Lunatic asylums United Prov. 1922-30 - 1922-1930
Year: 1922
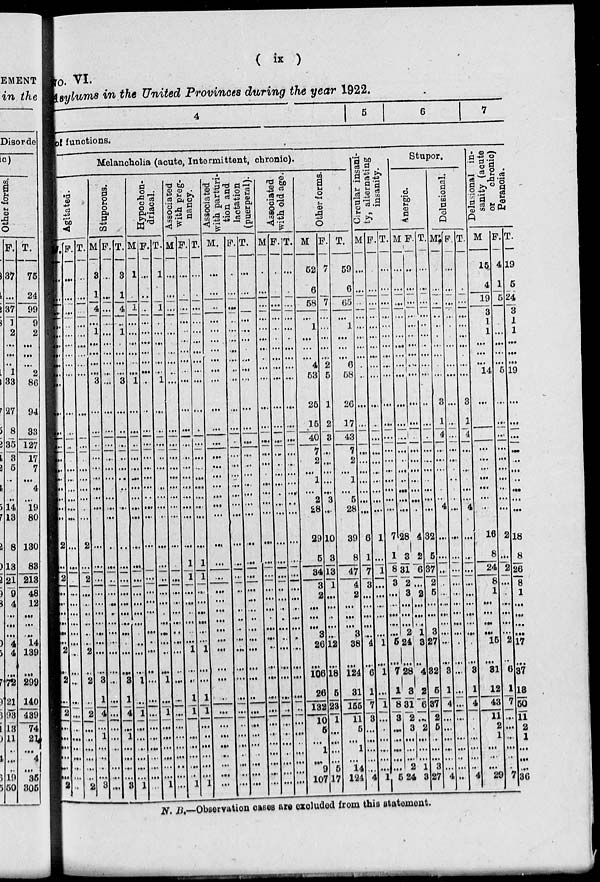
(
ix
)
No. VI.
asylums in the United Provinces during the year 1922.
4 5
6
7
of functions.
Melancholia (acute, Intermittent, chronic).
Agitated.
M.
...
...
...
...
...
...
...
...
...
...
...
...
...
...
...
...
...
...
...
...
2
...
2
...
...
...
...
...
...
2
...
2
...
2
...
...
...
...
...
...
2
F.
...
...
...
...
...
...
...
...
...
...
...
...
...
...
...
...
...
...
...
...
...
...
...
...
...
...
...
...
...
...
...
...
...
...
...
...
...
...
...
...
...
T.
...
...
...
...
...
...
...
...
...
...
...
...
...
...
...
...
...
...
...
...
2
...
2
...
...
...
...
...
...
2
...
2
...
2
...
...
...
...
...
...
2
Stuporous.
M.
3
1
4
...
1
...
...
...
...
3
...
...
...
...
...
...
...
...
...
...
...
...
...
...
...
...
...
...
...
...
...
3
1
4
...
1
...
...
...
...
3
F.
...
...
...
...
...
...
...
...
...
...
...
...
...
...
...
...
...
...
...
...
...
...
...
...
...
...
...
...
...
...
...
...
...
...
...
...
...
...
...
...
...
T.
3
1
4
...
1
...
...
...
...
3
...
...
...
...
...
...
...
...
...
...
...
...
...
...
...
...
...
...
...
...
...
3
1
4
...
1
...
...
...
...
3
Hypochon-
driacal.
M.
1
...
1
...
...
...
...
...
...
1
...
...
...
...
...
...
...
...
...
...
...
...
...
...
...
...
...
...
...
...
...
1
...
1
...
...
...
...
...
...
1
F.
...
...
...
...
...
...
...
...
...
...
...
...
...
...
...
...
...
...
...
...
...
...
...
...
...
...
...
...
...
...
...
...
...
...
...
...
...
...
...
...
...
T.
1
...
1
...
...
...
...
...
...
1
...
...
...
...
...
...
...
...
...
...
...
...
...
...
...
...
...
...
...
...
...
1
...
1
...
...
...
...
...
...
1
Associated
with preg-
nancy.
M.
...
...
...
...
...
...
...
...
...
...
...
...
...
...
...
...
...
...
...
...
...
...
...
...
...
...
...
...
...
...
...
...
...
...
...
...
...
...
...
...
...
F.
...
...
...
...
...
...
...
...
...
...
...
...
...
...
...
...
...
...
...
...
...
1
1
...
...
...
...
...
...
1
...
...
1
1
...
...
...
...
...
...
1
T.
...
...
...
...
...
...
...
...
...
...
...
...
...
...
...
...
...
...
...
...
...
1
1
...
...
...
...
...
...
1
...
...
1
1
...
...
...
...
...
...
1
Associated
with parturi-
tion and
lactation
(puerperal).
M.
...
...
...
...
...
...
...
...
...
...
...
...
...
...
...
...
...
...
...
...
...
...
...
...
...
...
...
...
...
...
...
...
...
...
...
...
...
...
...
...
...
F.
...
...
...
...
...
...
...
...
...
...
...
...
...
...
...
...
...
...
...
...
...
...
...
...
...
...
...
...
...
...
...
...
...
...
...
...
...
...
...
...
...
T.
...
...
...
...
...
...
...
...
...
...
...
...
...
...
...
...
...
...
...
...
...
...
...
...
...
...
...
...
...
...
...
...
...
...
...
...
...
...
...
...
...
Associated
with old age.
M.
...
...
...
...
...
...
...
...
...
...
...
...
...
...
...
...
...
...
...
...
...
...
...
...
...
...
...
...
...
...
...
...
...
...
...
...
...
...
...
...
...
F.
...
...
...
...
...
...
...
...
...
...
...
...
...
...
...
...
...
...
...
...
...
...
...
...
...
...
...
...
...
...
...
...
...
...
...
...
...
...
...
...
...
T.
...
...
...
...
...
...
...
...
...
...
...
...
...
...
...
...
...
...
...
...
...
...
...
...
...
...
...
...
...
...
...
...
...
...
...
...
...
...
...
...
...
Other forms.
M.
52
6
58
...
1
...
...
...
4
53
25
15
40
7
2
...
1
...
2
28
29
5
34
3
2
...
...
...
3
26
...
106
26
132
10
5
...
1
...
9
107
F.
7
7
...
...
...
...
...
2
5
1
2
3
...
...
...
...
...
3
...
10
3
13
1
...
...
...
...
...
12
...
18
5
23
1
...
...
...
...
5
17
T.
59
6
65
...
1
...
...
...
6
58
26
17
43
7
2
...
1
...
5
28
39
8
47
4
2
...
...
...
3
38
...
124
31
155
11
5
...
1
...
14
124
Circular insani-
ty, alternating
insanity.
M
...
...
...
...
...
...
...
...
...
...
...
...
...
...
...
...
...
...
...
...
6
1
7
3
...
...
...
...
...
4
...
6
1
7
3
...
...
...
...
...
4
F.
...
...
...
...
...
...
...
...
...
...
...
...
...
...
...
...
...
...
...
...
1
...
1
...
...
...
...
...
...
1
...
1
...
1
...
...
...
...
...
...
1
T.
...
...
...
...
...
...
...
...
...
...
...
...
...
...
...
...
...
...
...
...
7
1
8
3
...
...
...
...
...
5
...
7
1
8
3
...
...
...
...
...
5
Stupor.
Anergic.
M.
...
...
...
...
...
...
...
...
...
...
...
...
...
...
...
...
...
...
...
...
28
3
31
2
3
...
...
...
2
24
...
28
3
31
2
3
...
...
...
2
24
F.
...
...
...
...
...
...
...
...
...
...
...
...
...
...
...
...
...
...
...
...
4
2
6
...
2
...
...
...
1
3
...
4
2
6
...
2
...
...
...
1
3
T.
...
...
...
...
...
...
...
...
...
...
...
...
...
...
...
...
...
...
...
...
32
5
37
2
5
...
...
...
3
27
...
32
5
37
2
5
...
...
...
3
27
Delusional.
M.
...
...
...
...
...
...
...
...
...
...
3
1
4
...
...
...
...
...
...
4
...
...
...
...
...
...
...
...
...
...
...
3
1
4
...
...
...
...
...
...
4
F.
...
...
...
...
...
...
...
...
...
...
...
...
...
...
...
...
...
...
...
...
...
...
...
...
...
...
...
...
...
...
...
...
...
...
...
...
...
...
...
...
...
T.
...
...
...
...
...
...
...
...
...
...
3
1
4
...
...
...
...
...
...
4
...
...
...
...
...
...
...
...
...
...
...
3
1
4
...
...
...
...
...
...
4
Delusional in-
sanity (acute
or
chronic)
Paranoia.
M
15
4
19
3
1
1
...
...
...
14
...
...
...
...
...
...
...
...
16
8
24
8
1
...
...
...
...
15
...
31
12
43
11
2
1
...
...
...
29
F.
4
1
5
...
...
...
...
...
5
...
...
...
...
...
...
...
...
...
...
2
...
2
...
...
...
...
...
...
2
...
6
1
7
...
...
...
...
...
...
7
T.
19
5
24
3
1
1
...
...
...
19
...
...
...
...
...
...
...
...
...
...
18
8
26
8
1
...
...
...
...
17
...
37
13
50
11
2
1
...
...
...
36
N. B.—Observation cases are excluded from this statement.